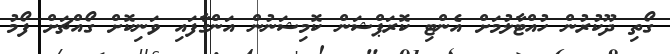
ގޯތި ދޫކުރުން ހުއްޓާލުމަށް އެންޓި ކޮރަޕްޝަން ކޮމިޝަނުން އަންގާފައި ވަނިކޮށް ގޯއްޗަށް ފޯމު